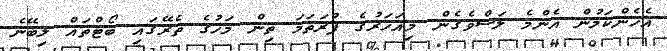
އެހެންކަމުން އެންމެ ލަސްވެގެން މިއަހަރުގެ ފުރަތަމަ ތިން މަހުގެ ތެރޭގައި ބޯޓްތައް ލިބޭނެ